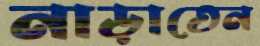
নাড়াতেন